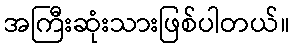
အကြီးဆုံးသားဖြစ်ပါတယ်။